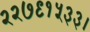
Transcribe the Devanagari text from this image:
२२७९१५३३।